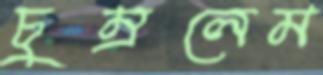
চুম্‌রলেম